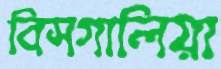
বিসগালিয়া